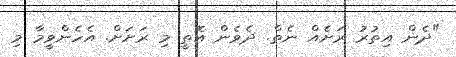
"ދެން އިތުރު ރަށެއް ނެތް. ދެވެން އޮތީ މި ރަށަށް. އެހެންވީމާ މި